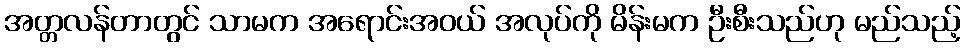
အတ္တလန်တာတွင် သာမက အရောင်းအဝယ် အလုပ်ကို မိန်းမက ဦးစီးသည်ဟု မည်သည့်